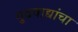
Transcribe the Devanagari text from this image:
गुढवाद्यांचा